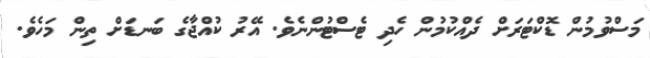
މަސްވުމުން ޑޮކްޓަރަށް ދެއްކުމުން ހެދި ޓެސްޓުންނެވެ. އޭރު ކުއްޖާގެ ބަނޑަށް ތިން މަހެވެ.